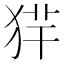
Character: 𤞢